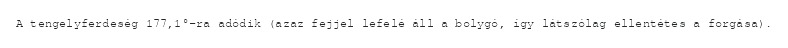
A tengelyferdeség 177,1°-ra adódik (azaz fejjel lefelé áll a bolygó, így látszólag ellentétes a forgása).